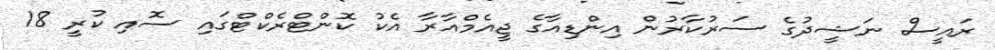
ރައީސް ނަޝީދުގެ ސަރުކާރުން އިންޑިއާގެ ޖީއެމްއާރާ އެކު ކޮންޓްރެކްޓްގައި ސޮއި ކުރީ 18